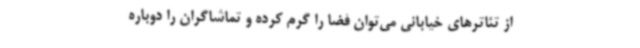
از تئاترهای خیابانی می‌توان فضا را گرم کرده و تماشاگران را دوباره